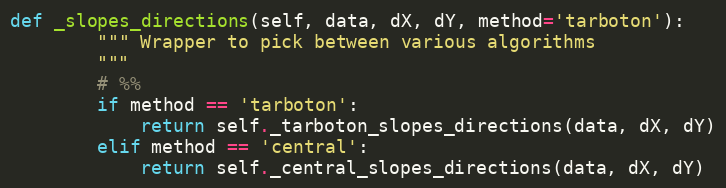
Language: Python
def _slopes_directions(self, data, dX, dY, method='tarboton'):
        """ Wrapper to pick between various algorithms
        """
        # %%
        if method == 'tarboton':
            return self._tarboton_slopes_directions(data, dX, dY)
        elif method == 'central':
            return self._central_slopes_directions(data, dX, dY)